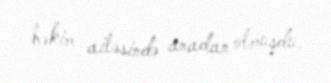
həkim ailəsində anadan olmuşdu.